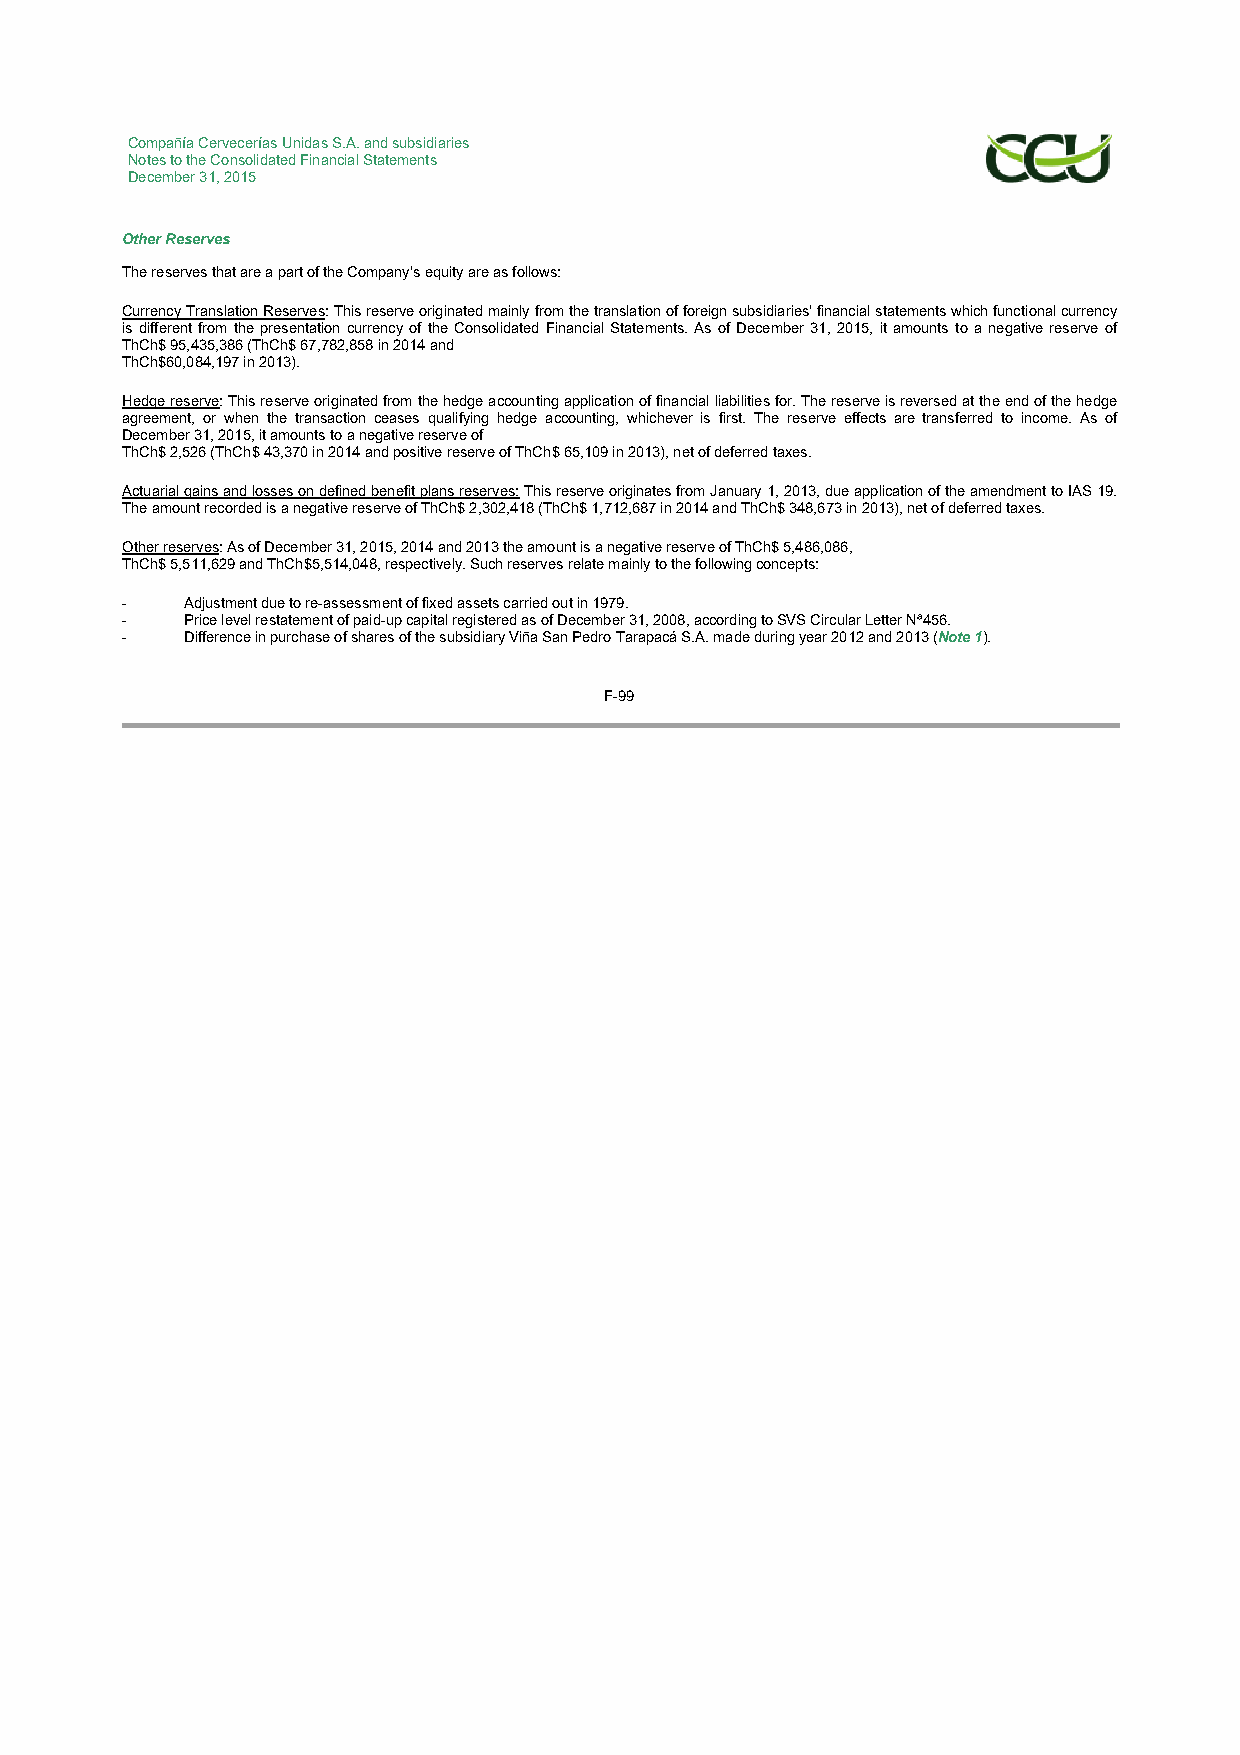
Compañía Cervecerías Unidas S.A. and subsidiaries
 Notes to the Consolidated Financial Statements
 December 31, 2015
 Other Reserves
 The reserves that are a part of the Company’s equity are as follows:
 Currency Translation Reserves: This reserve originated mainly from the translation of foreign subsidiaries’ financial statements which functional currency
 is different from the presentation currency of the Consolidated Financial Statements. As of December 31, 2015, it amounts to a negative reserve of
 ThCh$ 95,435,386 (ThCh$ 67,782,858 in 2014 and
 ThCh$60,084,197 in 2013).
 Hedge reserve: This reserve originated from the hedge accounting application of financial liabilities for. The reserve is reversed at the end of the hedge
 agreement, or when the transaction ceases qualifying hedge accounting, whichever is first. The reserve effects are transferred to income. As of
 December 31, 2015, it amounts to a negative reserve of
 ThCh$ 2,526 (ThCh$ 43,370 in 2014 and positive reserve of ThCh$ 65,109 in 2013), net of deferred taxes.
 Actuarial gains and losses on defined benefit plans reserves: This reserve originates from January 1, 2013, due application of the amendment to IAS 19.
 The amount recorded is a negative reserve of ThCh$ 2,302,418 (ThCh$ 1,712,687 in 2014 and ThCh$ 348,673 in 2013), net of deferred taxes.
 Other reserves: As of December 31, 2015, 2014 and 2013 the amount is a negative reserve of ThCh$ 5,486,086,
 ThCh$ 5,511,629 and ThCh$5,514,048, respectively. Such reserves relate mainly to the following concepts:
 -   Adjustment due to re-assessment of fixed assets carried out in 1979.
 -   Price level restatement of paid-up capital registered as of December 31, 2008, according to SVS Circular Letter Nª456.
 -   Difference in purchase of shares of the subsidiary Viña San Pedro Tarapacá S.A. made during year 2012 and 2013 (Note 1).
 F-99